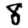
Digit: 8